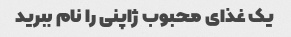
یک غذای محبوب ژاپنی را نام ببرید